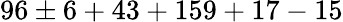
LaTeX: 96\pm 6+43+159+17-15